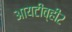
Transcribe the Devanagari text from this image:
आयटीव्ही२